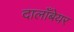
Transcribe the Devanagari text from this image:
दालाँबेयर